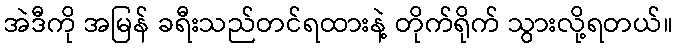
အဲဒီကို အမြန် ခရီးသည်တင်ရထားနဲ့ တိုက်ရိုက် သွားလို့ရတယ်။